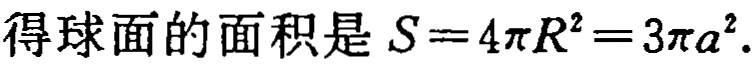
得球面的面积是 \(S = 4\pi R^{2}=3\pi a^{2}\).